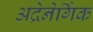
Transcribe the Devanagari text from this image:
अद्रेनेर्गिक